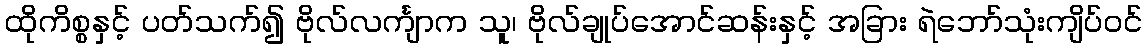
ထိုကိစ္စနှင့် ပတ်သက်၍ ဗိုလ်လင်္ကျာက သူ၊ ဗိုလ်ချုပ်အောင်ဆန်းနှင့် အခြား ရဲဘော်သုံးကျိပ်ဝင်